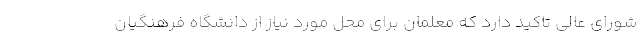
شورای عالی تاکید دارد که معلمان برای محل مورد نیاز از دانشگاه فرهنگیان